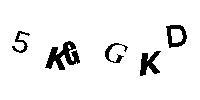
5KGGKD